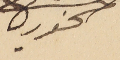
الخوري